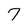
Character: 7